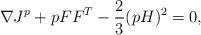
LaTeX: \begin{align*}\nabla J^p + pFF^T - \frac {2}{3}(pH)^2= 0,\end{align*}